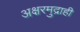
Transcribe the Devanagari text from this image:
अक्षरमुद्राही